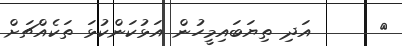
٤      އަދި ތިޔަބައިމީހުން އަޅުކަންކުޅަ ތަކެއްޗަށް